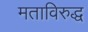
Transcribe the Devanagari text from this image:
मताविरुद्ध